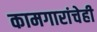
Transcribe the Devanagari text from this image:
कामगारांचेही